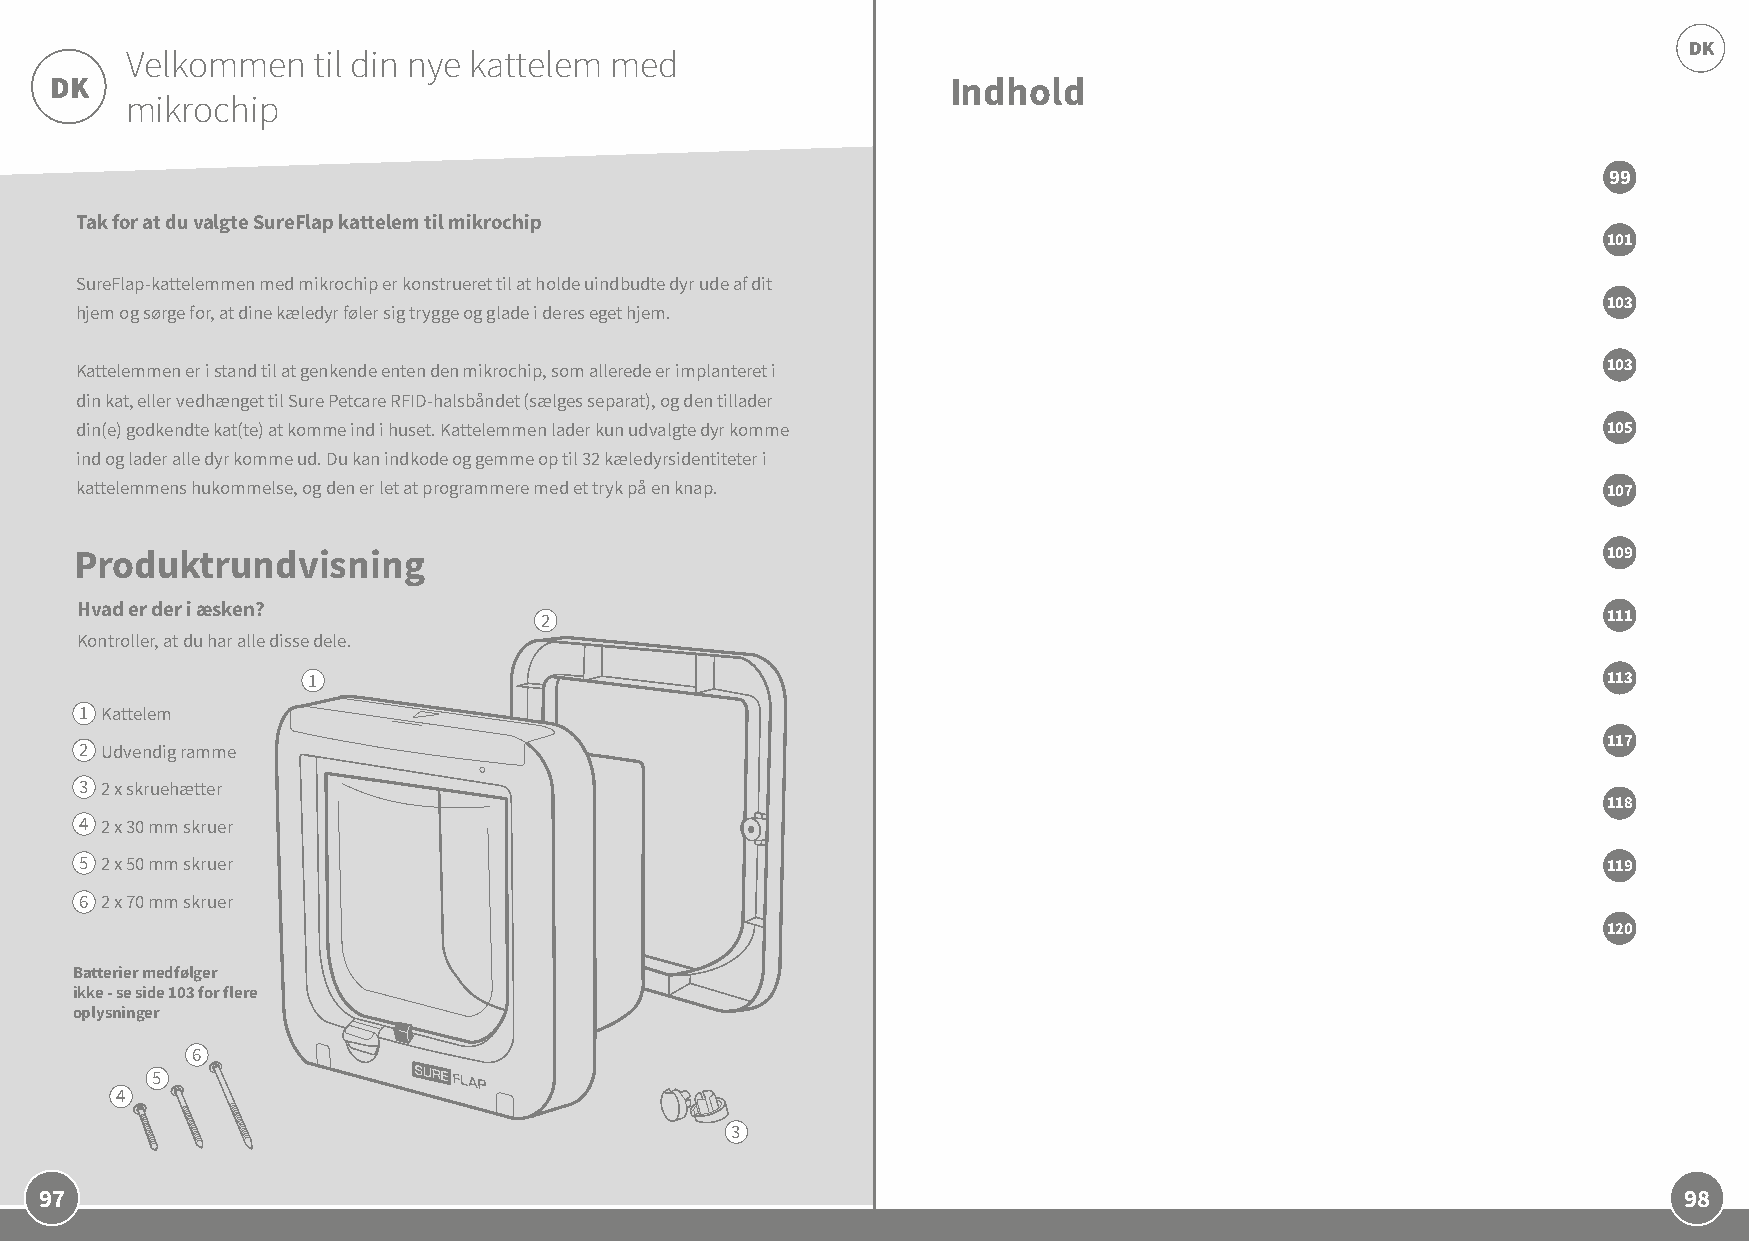
DK
 Velkommen    til din nye kattelem med
 DK                                                          Indhold
 mikrochip
 99
 Tak for at du valgte SureFlap kattelem til mikrochip
 101
 SureFlap-kattelemmen med mikrochip er konstrueret til at holde uindbudte dyr ude af dit
 103
 hjem og sørge for, at dine kæledyr føler sig trygge og glade i deres eget hjem.
 Kattelemmen er i stand til at genkende enten den mikrochip, som allerede er implanteret i            103
 din kat, eller vedhænget til Sure Petcare RFID-halsbåndet (sælges separat), og den tillader
 din(e) godkendte kat(te) at komme ind i huset. Kattelemmen lader kun udvalgte dyr komme              105
 ind og lader alle dyr komme ud. Du kan indkode og gemme op til 32 kæledyrsidentiteter i
 kattelemmens hukommelse, og den er let at programmere med et tryk på en knap.                        107
 Produktrundvisning                                                                                   109
 Hvad er der i æsken?
 2                                                                     111
 Kontroller, at du har alle disse dele.
 1                                                                                     113
 1 Kattelem
 117
 2 Udvendig ramme
 3 2 x skruehætter
 118
 4 2 x 30 mm skruer
 5 2 x 50 mm skruer                                                                                   119
 6 2 x 70 mm skruer
 120
 Batterier medfølger
 ikke - se side 103 for flere
 oplysninger
 6
 5
 4
 3
 97                                                                                                          98